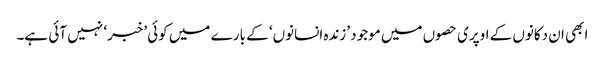
ابھی ان دکانوں کے اوپری حصوں میں موجود ’زندہ انسانوں‘ کے بارے میں کوئی ’خبر‘ نہیں آئی ہے۔